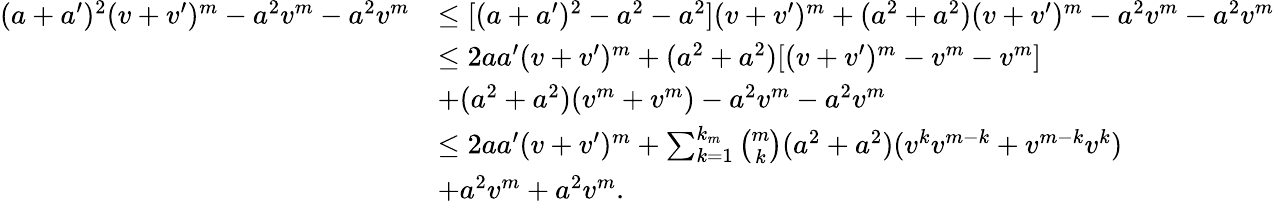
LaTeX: \begin{array}{rl}{(a+a^{\prime})^{2}(v+v^{\prime})^{m}-a^{2}v^{m}-a^{2}v^{m}}&{\leq[(a+a^{\prime})^{2}-a^{2}-a^{2}](v+v^{\prime})^{m}+(a^{2}+a^{2})(v+v^{\prime})^{m}-a^{2}v^{m}-a^{2}v^{m}}\\ &{\leq 2aa^{\prime}(v+v^{\prime})^{m}+(a^{2}+a^{2})[(v+v^{\prime})^{m}-v^{m}-v^{m}]}\\ &{+(a^{2}+a^{2})(v^{m}+v^{m})-a^{2}v^{m}-a^{2}v^{m}}\\ &{\leq 2aa^{\prime}(v+v^{\prime})^{m}+\sum_{k=1}^{k_{m}}\binom{m}{k}(a^{2}+a^{2})(v^{k}v^{m-k}+v^{m-k}v^{k})}\\ &{+a^{2}v^{m}+a^{2}v^{m}.}\end{array}